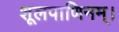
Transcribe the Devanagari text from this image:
शूलपाणिनम्।